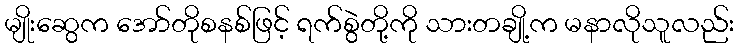
မျိုးဆွေက အော်တိုစနစ်ဖြင့် ရက်စွဲတို့ကို သားတချို့က မနာလိုသူလည်း